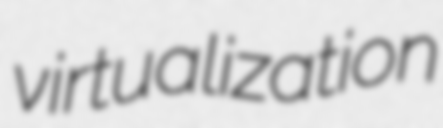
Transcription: virtualization